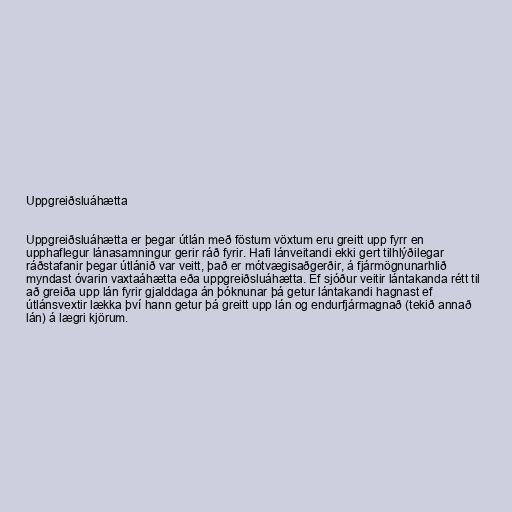
Uppgreiðsluáhætta

Uppgreiðsluáhætta er þegar útlán með föstum vöxtum eru greitt upp fyrr en
upphaflegur lánasamningur gerir ráð fyrir. Hafi lánveitandi ekki gert tilhlýðilegar
ráðstafanir þegar útlánið var veitt, það er mótvægisaðgerðir, á fjármögnunarhlið
myndast óvarin vaxtaáhætta eða uppgreiðsluáhætta. Ef sjóður veitir lántakanda rétt til
að greiða upp lán fyrir gjalddaga án þóknunar þá getur lántakandi hagnast ef
útlánsvextir lækka því hann getur þá greitt upp lán og endurfjármagnað (tekið annað
lán) á lægri kjörum.